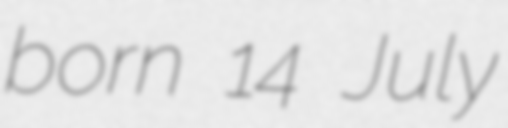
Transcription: born 14 July